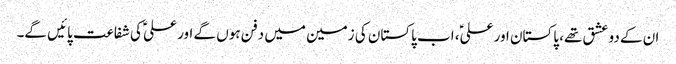
ان کے دو عشق تھے، پاکستان اور علیؑ، اب پاکستان کی زمین میں دفن ہوں گے اور علیؑ کی شفاعت پائیں گے۔